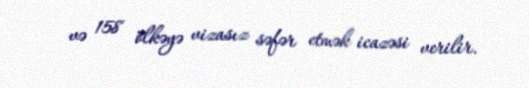
və 158 ölkəyə vizasız səfər etmək icazəsi verilir.